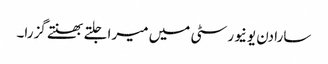
سارا دن یونیورسٹی میں میرا جلتے بھنتے گزرا۔